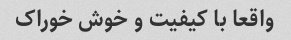
واقعا با کیفیت و خوش خوراک